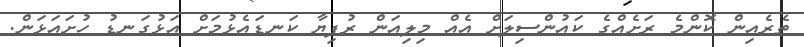
ތެރެއިން ކޮންމެ ރަށެއްގެ ކައުންސިލަށް އެއް މިލިއަން ރުފިޔާ ކަނޑައެޅުމަށް އަޅުގަނޑު ހުށައަޅަން.